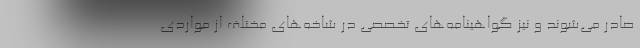
صادر می‌شوند و نیز گواهینامه‌های تخصصی در شاخه‌های مختلف از مواردی